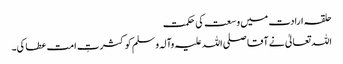
حلقہ ارادت میں وسعت کی حکمت
اللہ تعالیٰ نے آقا صلی اللہ علیہ وآلہ وسلم کو کثرتِ امت عطا کی۔